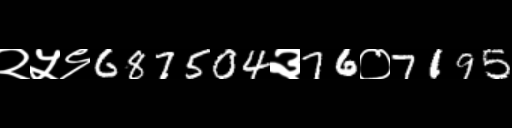
Text: २५९687504३76०7195